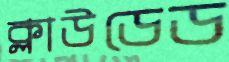
ক্লাউডেড